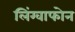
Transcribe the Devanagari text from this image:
लिंग्वाफोन